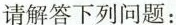
请解答下列问题：